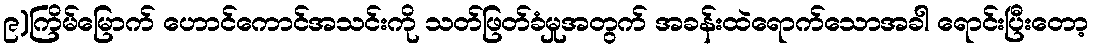
၉)ကြိမ်မြောက် ဟောင်ကောင်အသင်းကို သတ်ဖြတ်ခံမှုအတွက် အခန်းထဲရောက်သောအခါ ရောင်းပြီးတော့